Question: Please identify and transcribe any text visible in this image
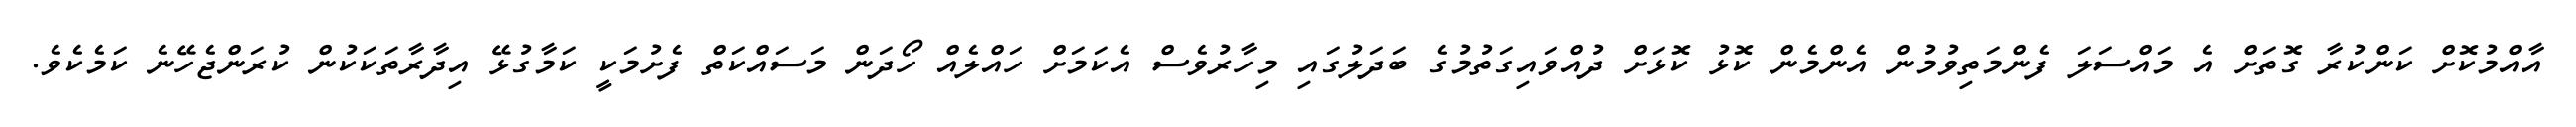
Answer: އާއްމުކޮށް ކަންކުރާ ގޮތަށް އެ މައްސަލަ ފެންމަތިވުމުން އެންމެން ކޮޅު ކޮޅަށް ދުއްވައިގަތުމުގެ ބަދަލުގައި މިހާރުވެސް އެކަމަށް ހައްލެއް ހޯދަން މަސައްކަތް ފެށުމަކީ ކަމާގުޅޭ އިދާރާތަކަކުން ކުރަންޖެހޭނެ ކަމެކެވެ.